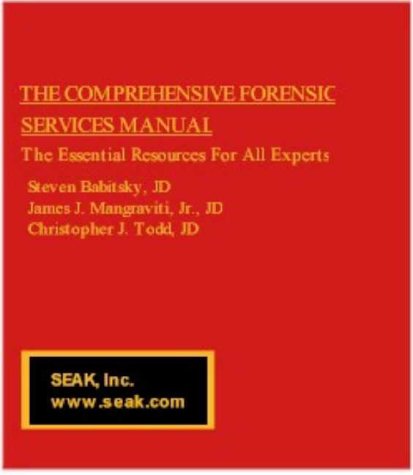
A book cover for The Comprehensive Forensic Services Manual -- The Essential Resources For All Experts; Christopher J. Todd; Law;